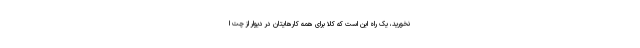
نخورید، یک راه این است که کلا برای همه کارهایتان در دیوار از چت ا